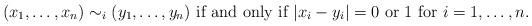
LaTeX: \begin{align*} (x_1, \ldots, x_n) \sim_i (y_1, \ldots, y_n) ~\mbox{if and only if} ~ |x_i-y_i|=0 ~ \mbox{or}~ 1 ~ \mbox{for} ~ i=1, \ldots, n.\end{align*}